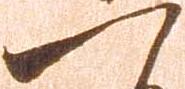
一